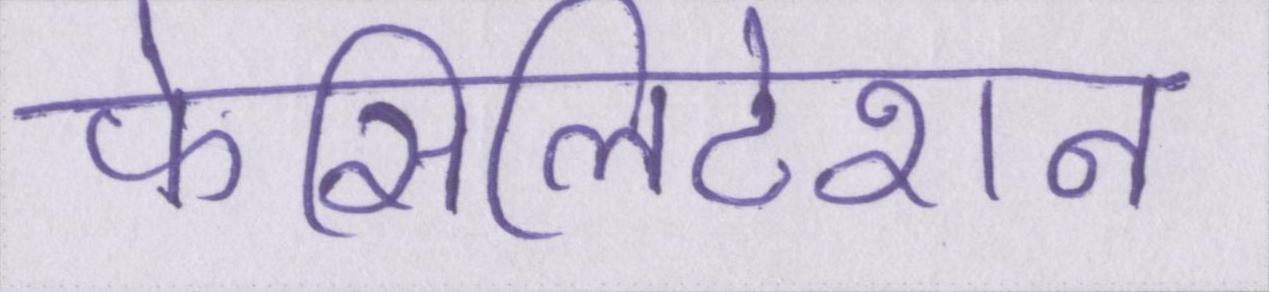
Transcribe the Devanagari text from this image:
फेसिलिटेशन